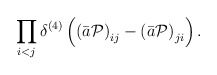
\begin{align*}\prod_{i<j}\delta^{(4)}\left(\left(\bar{a}{\cal P}\right)_{ij}-\left(\bar{a}{\cal P}\right)_{ji}\right). \end{align*}